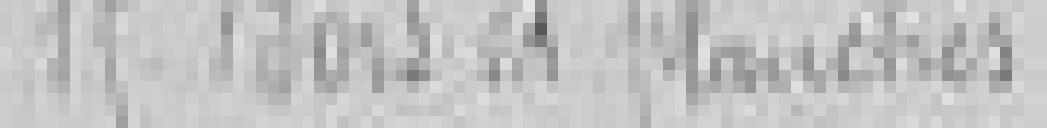
15. Bois et planches